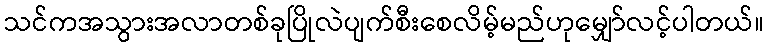
သင်ကအသွားအလာတစ်ခုပြိုလဲပျက်စီးစေလိမ့်မည်ဟုမျှော်လင့်ပါတယ်။